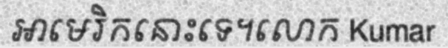
អាមេរិកនោះទេ។លោក Kumar